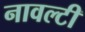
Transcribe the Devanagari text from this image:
नावल्‍टी